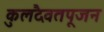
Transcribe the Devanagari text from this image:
कुलदैवतपूजन